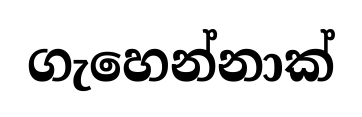
ගැහෙන්නාක්